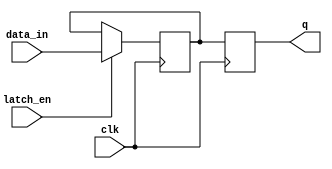
module sequential_logic_block (
  input wire data_in,
  input wire latch_en,
  input wire clk,
  output reg q
);

reg d;

// Transparent latch
always @ (posedge clk) begin
  if (latch_en) begin
    d <= data_in;
  end
end

// D flip-flop
always @ (posedge clk) begin
  q <= d;
end

endmodule